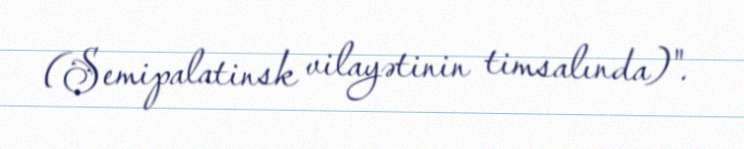
(Semipalatinsk vilayətinin timsalında)".